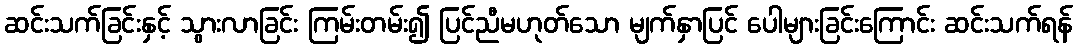
ဆင်းသက်ခြင်းနှင့် သွားလာခြင်း ကြမ်းတမ်း၍ ပြင်ညီမဟုတ်သော မျက်နှာပြင် ပေါများခြင်းကြောင်း ဆင်းသက်ရန်